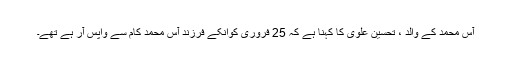
آس محمد کے والد ، تحسین علوی کا کہنا ہے کہ 25 فروری کوانکے فرزند آس محمد کام سے واپس آر ہے تھے۔